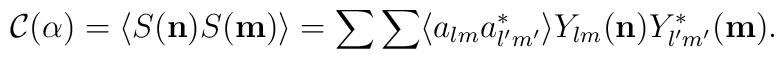
{\mathcal C} (\alpha) = \langle S({\bf n}) S({\bf m})\rangle = \sum\sum \langle a_{lm}a_{l'm'}^*\rangle Y_{lm}({\bf  n})Y_{l'm'}^*({\bf m}).